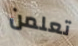
تعلمن